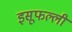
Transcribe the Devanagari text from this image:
इसूफल्ली